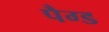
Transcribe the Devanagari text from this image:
पैग्ड